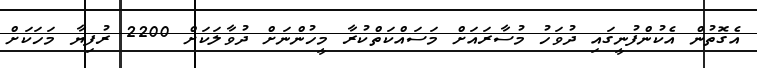
އެގޮތުން އެކުންފުނީގައި ދުވަހު މުސާރައަށް މަސައްކަތްކުރާ މީހުންނަށް ދުވާލަކަށް 2200 ރުފިޔާ މަހަކަށް